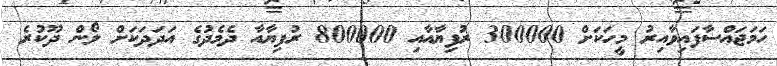
ހަމަޖައްސާފައިވާއިރު މީހަކަށް 300000 ރުފިޔާއާއި 800000 ރުފިޔާއާ ދެމެދުގެ އަދަދަކަށް ލޯން ދޫކުރެ